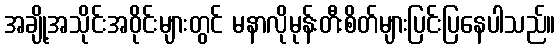
အချို့အသိုင်းအဝိုင်းများတွင် မနာလိုမုန်းတီးစိတ်များပြင်းပြနေပါသည်။